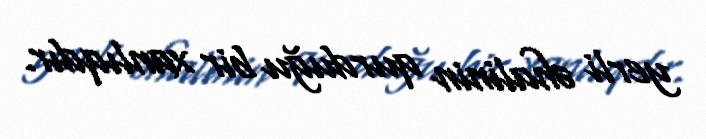
yerli əhalinin qurduğu bir xanlıqdır.